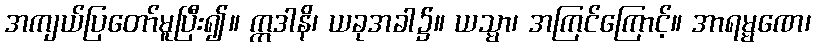
အကျယ်ပြတော်မူပြီး၍။ ဣဒါနိ၊ ယခုအခါ၌။ ယသ္မာ၊ အကြင်ကြောင့်။ အာရမ္မဏေ၊